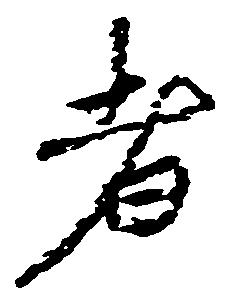
者